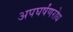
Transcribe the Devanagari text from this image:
अपघर्षंणरोध